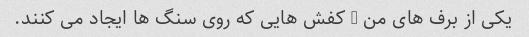
یکی از برف های من - کفش هایی که روی سنگ ها ایجاد می کنند.